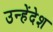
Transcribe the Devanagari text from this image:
उन्हेंदेश